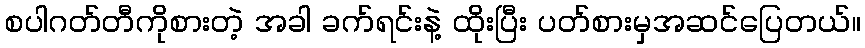
စပါဂတ်တီကိုစားတဲ့ အခါ ခက်ရင်းနဲ့ ထိုးပြီး ပတ်စားမှအဆင်ပြေတယ်။